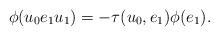
LaTeX: \begin{align*}\phi(u_0e_1u_1) = -\tau(u_0,e_1) \phi(e_1).\end{align*}